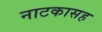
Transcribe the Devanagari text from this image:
नाटकासह